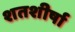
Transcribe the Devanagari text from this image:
शतशीर्षा